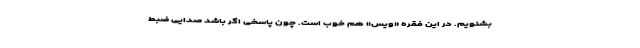
بشنویم. در این فقره «وُیس» هم خوب است. چون پاسخی اگر باشد صدایی ضبط